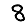
Digit: 8